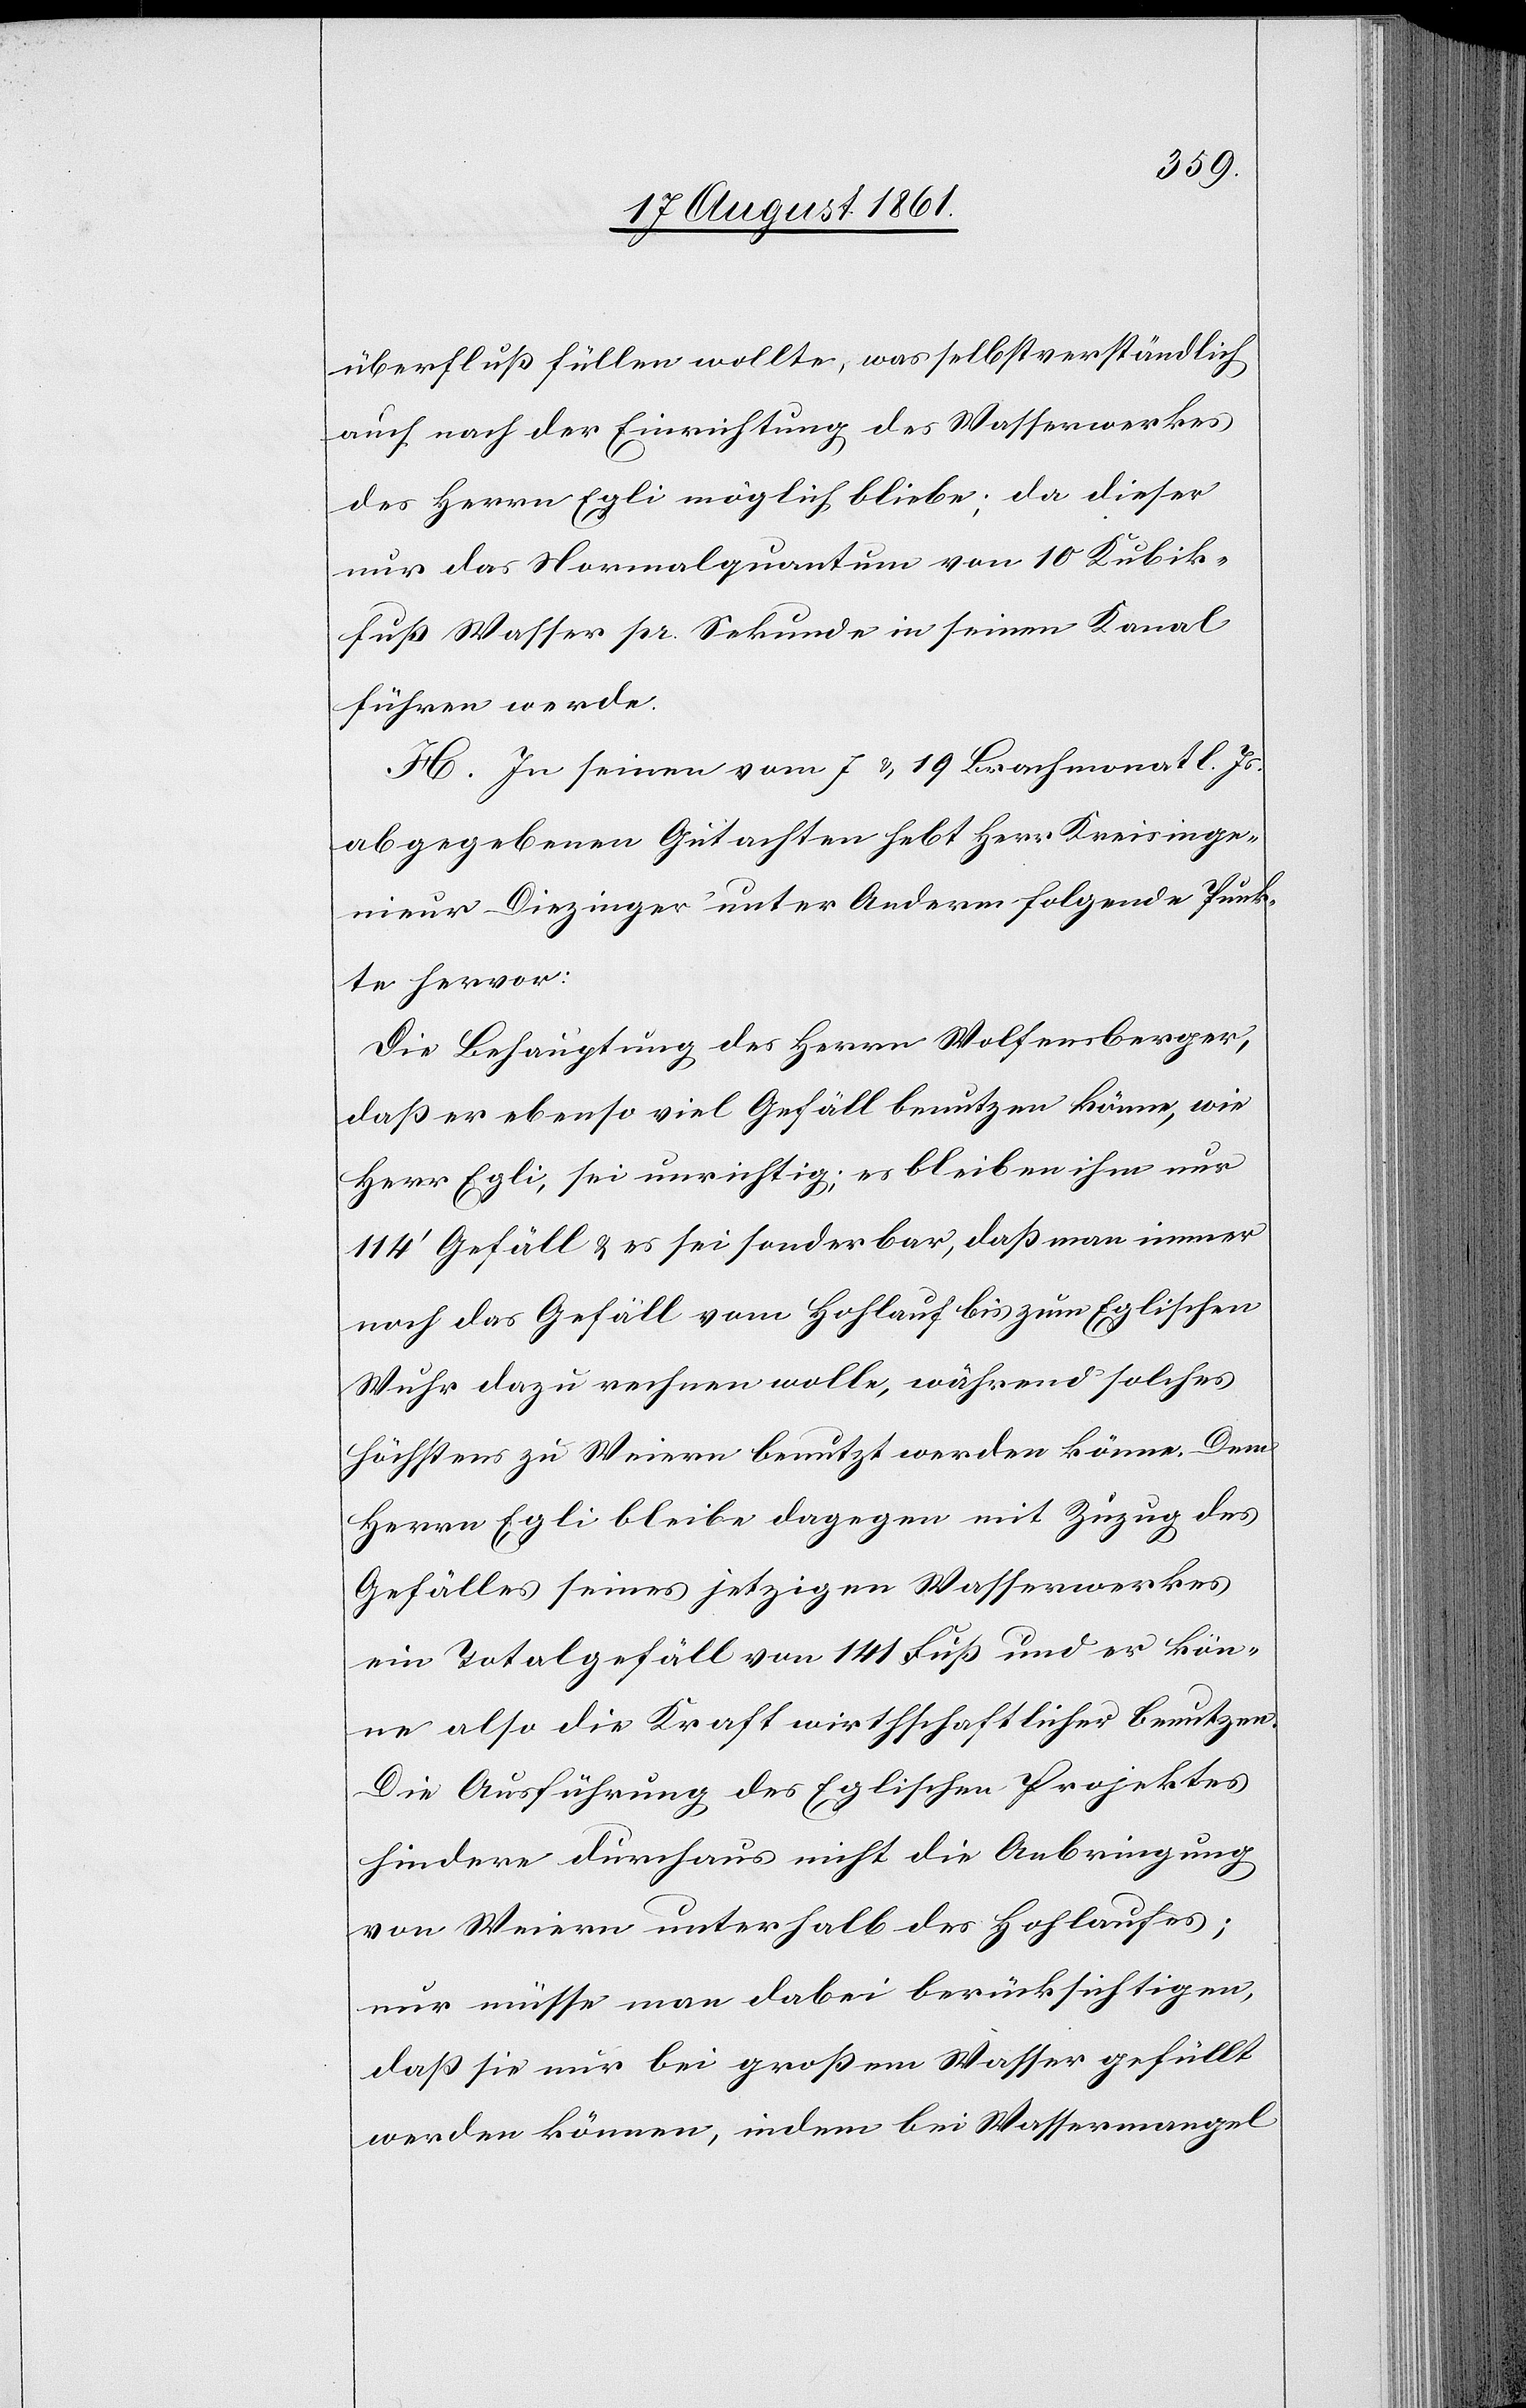
überfluß füllen wollte, was selbstverständlich
auch nach der Einrichtung des Wasserwerkes
des Herrn Egli möglich bliebe; da dieser
nur das Normalquantum von 10 Kubik¬
fuß Wasser pr. Sekunde in seinem Kanal
führen werde.
H. In seinen vom 7 u. 19 Brachmonat l. Js.
abgegebenen Gutachten hebt Herr Kreisinge¬
nieur Diezinger unter Anderm folgende Punk¬
te hervor:
Die Behauptung des Herrn Wolfensberger,
daß er ebenso viel Gefäll benutzen könne, wie
Herr Egli, sei unrichtig; es bleiben ihm nur
114’ Gefäll u. es sei sonderbar, daß man immer
noch das Gefäll vom Hohlauf bis zum Eglischen
Wuhr dazu nehmen wolle, während solches
höchstens zu Weiern benutzt werden könne. Dem
Herrn Egli bleibe dagegen mit Zuzug des
Gefälles seines jetzigen Wasserwerkes
ein Totalgefäll von 141 Fuß und er kön¬
ne also die Kraft wirthschaftlicher benutzen.
Die Ausführung des Eglischen Projektes
hindere durchaus nicht die Anbringung
von Weiern unterhalb des Holzhauses;
nur müsse man dabei berücksichtigen,
daß sie nur bei großem Wasser gefüllt
werden können, indem bei Wassermangel